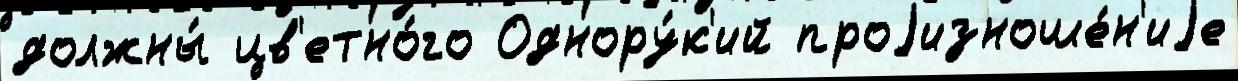
должны́ цв'етно́го Однору́к'ий проjизноше́н'иjе